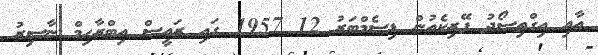
އާއި އިގްތިސޯދު ފޭރިކެއުން ޑިސެމްބަރު 12 1957 ގައި ރައީސް އިބްރާހިމް ނާސިރު